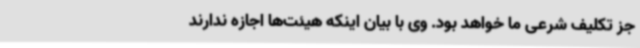
جز تکلیف شرعی ما خواهد بود. وی با بیان اینکه هیئت‌ها اجازه ندارند